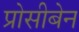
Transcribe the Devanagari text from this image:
प्रोसीबेन